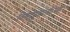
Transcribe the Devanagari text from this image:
विष्णुपूजारतोऽथवा